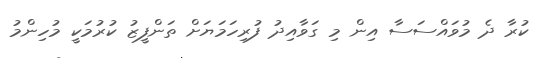
ކުރާ ދެ މުވައްސަސާ އިން މި ގަވާއިދު ފުރިހަމަޔަށް ތަންފީޒު ކުރުމަކީ މުހިންމު